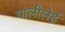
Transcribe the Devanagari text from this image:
गालीलेई